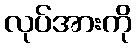
လုပ်အားကို